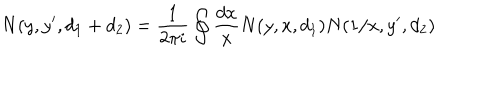
N ( y , y ^ { \prime } , d _ { 1 } + d _ { 2 } ) = { \frac { 1 } { 2 \pi i } } \oint { \frac { d x } { x } } N ( y , x , d _ { 1 } ) N ( 1 / x , y ^ { \prime } , d _ { 2 } )